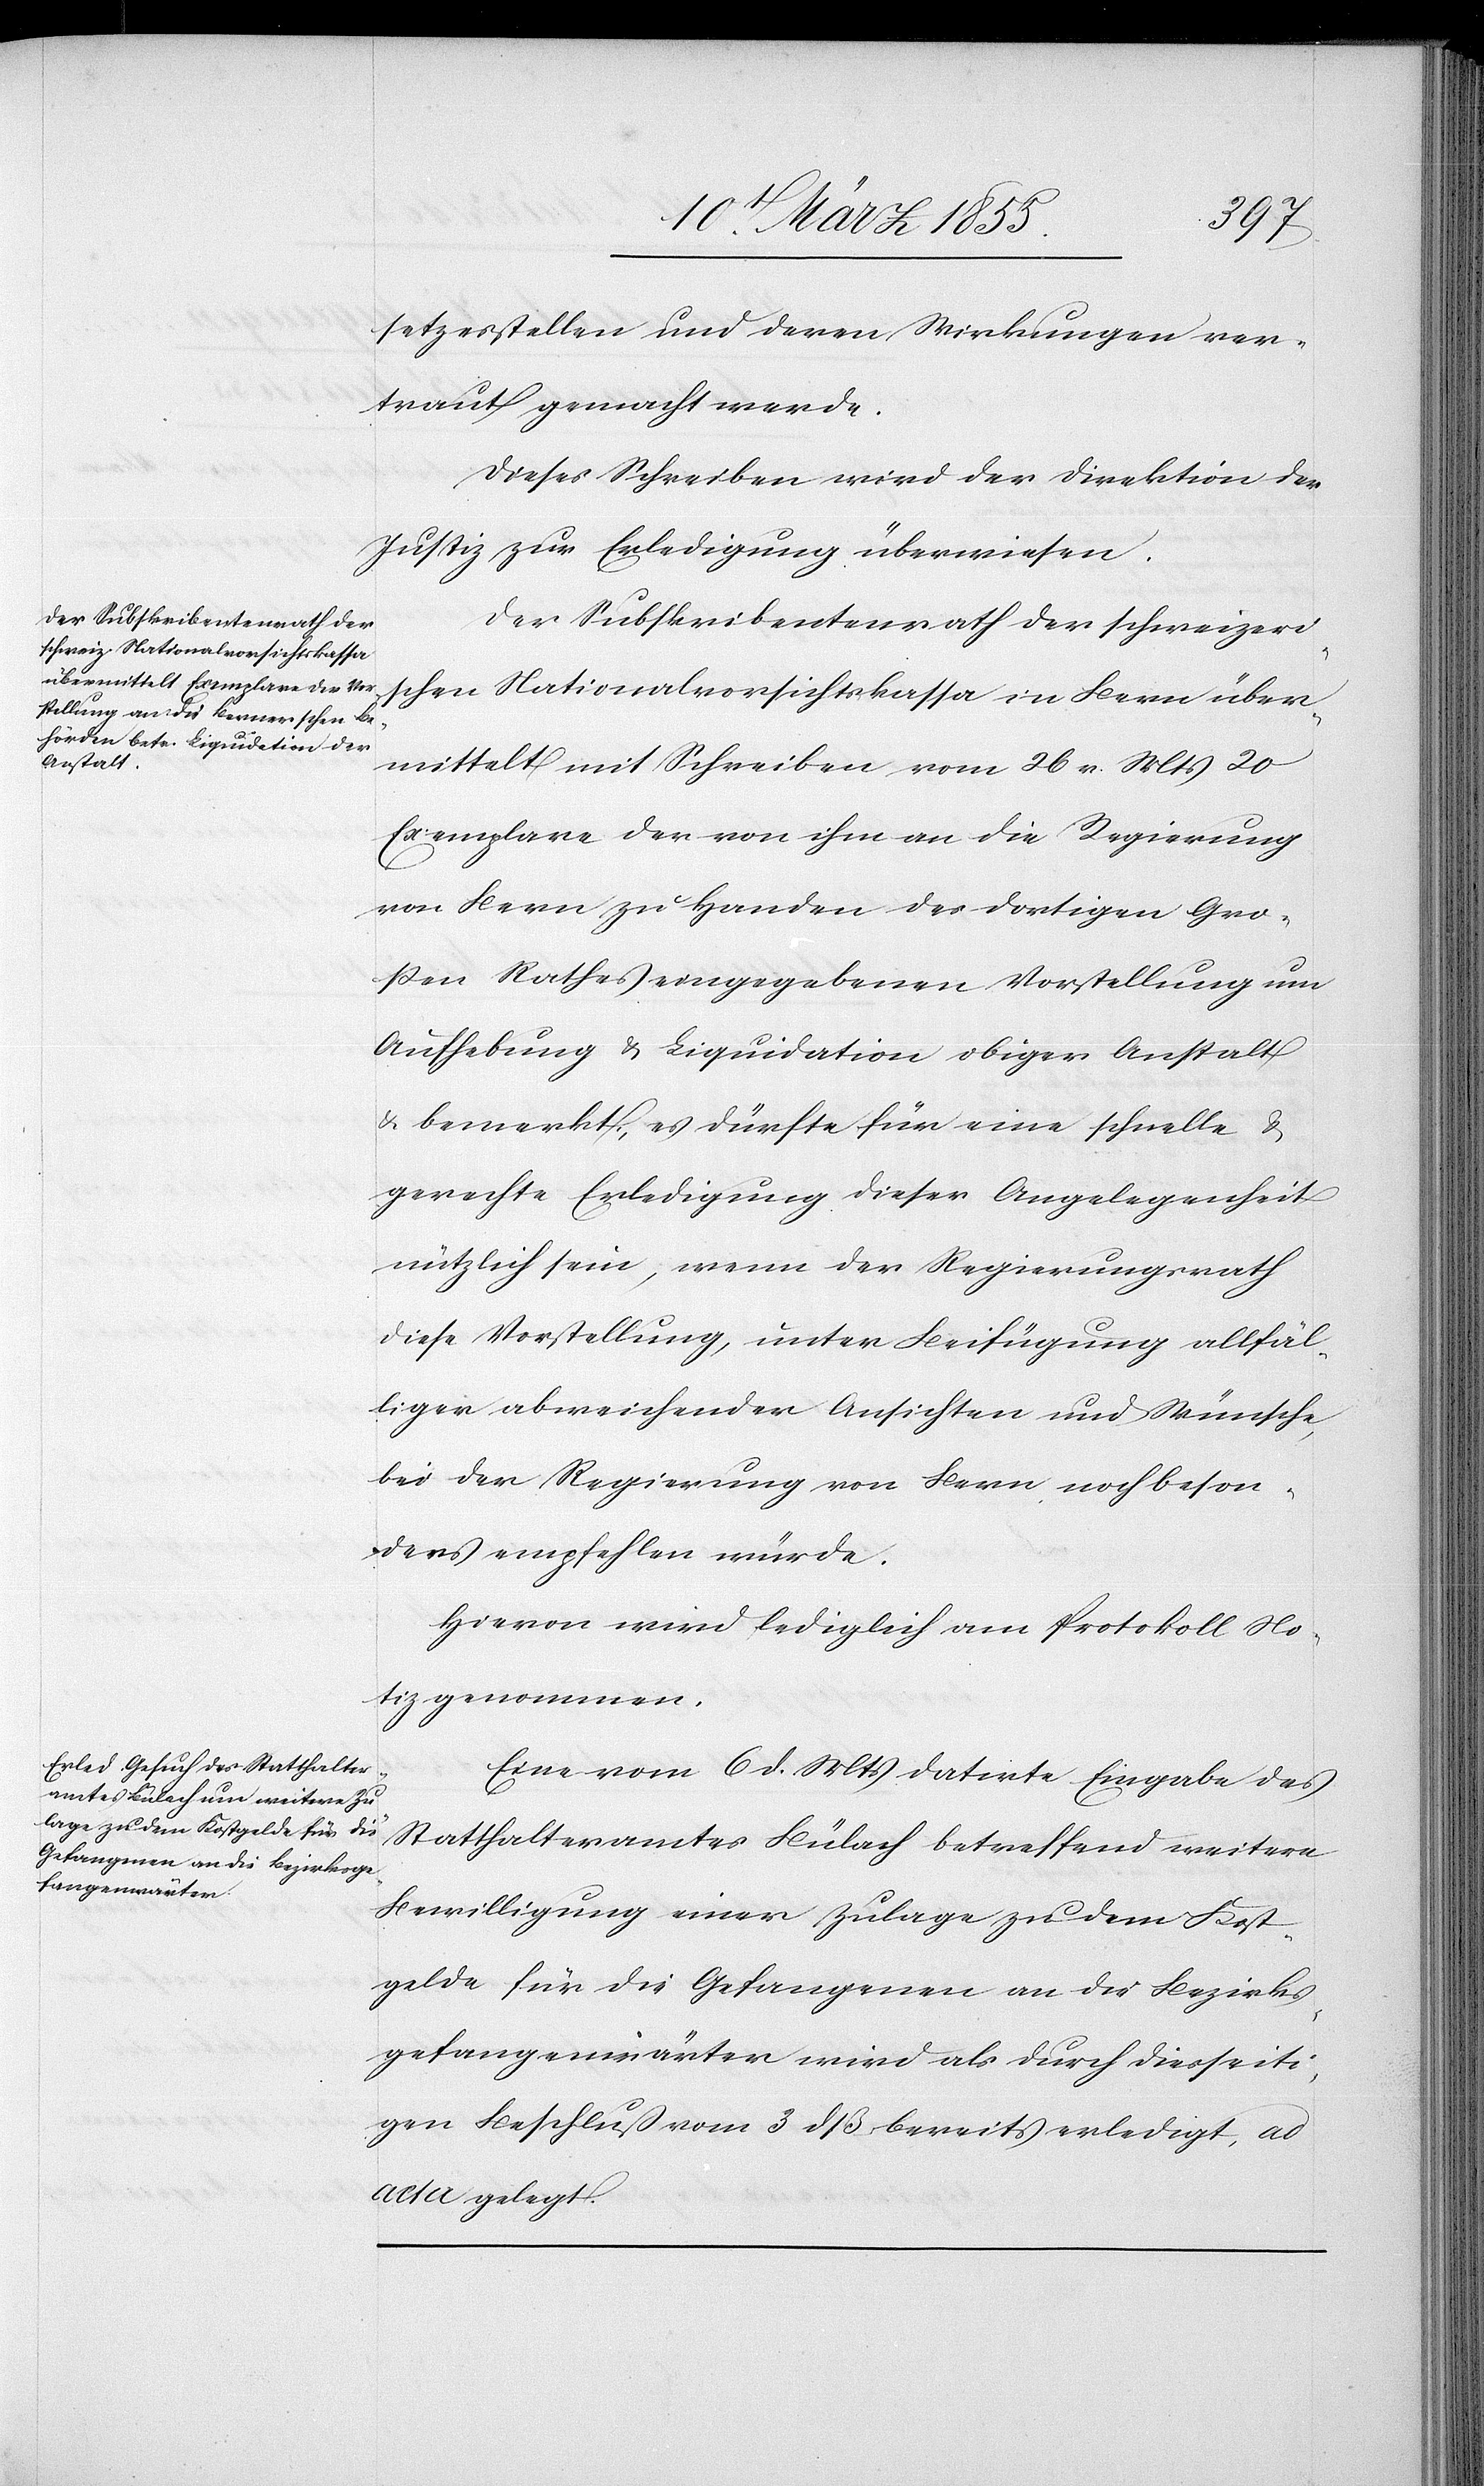
setzesstellen und deren Wirkungen ver¬
traut gemacht werde.
Dieses Schreiben wird der Direktion der
Justiz zur Erledigung überwiesen.
Der Subskribentenrath der schweizeri¬
schen Nationalvorsichtskassa in Bern über¬
mittelt mit Schreiben vom 26 v. Mts 20
Exemplare der von ihm an die Regierung
von Bern zu Handen des dortigen Gro¬
ßen Rathes eingegebenen Vorstellung um
Aufhebung & Liquidation obiger Anstalt
& bemerkt, es dürfte für eine schnelle &
gerechte Erledigung dieser Angelegenheit
nützlich sein, wenn der Regierungsrath
diese Vorstellung, unter Beifügung allfäl¬
liger abweichender Ansichten und Wünsche,
bei der Regierung von Bern noch beson¬
ders empfehlen würde.
Hievon wird lediglich am Protokoll No¬
tiz genommen.
Eine vom 6 d. Mts datirte Eingabe des
Statthalteramtes Bülach betreffend weitere
Bewilligung einer Zulage zu dem Kost¬
gelde für die Gefangenen an die Bezirks¬
gefangenwärter wird als durch diesseiti¬
gen Beschluß vom 3 dß bereits erledigt, ad
acta gelegt.